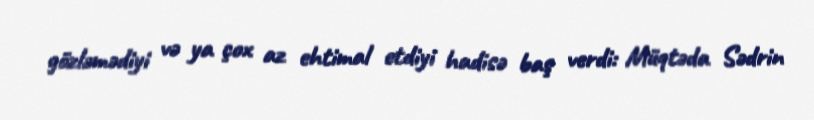
gözləmədiyi və ya çox az ehtimal etdiyi hadisə baş verdi: Müqtəda Sədrin